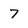
Character: 7